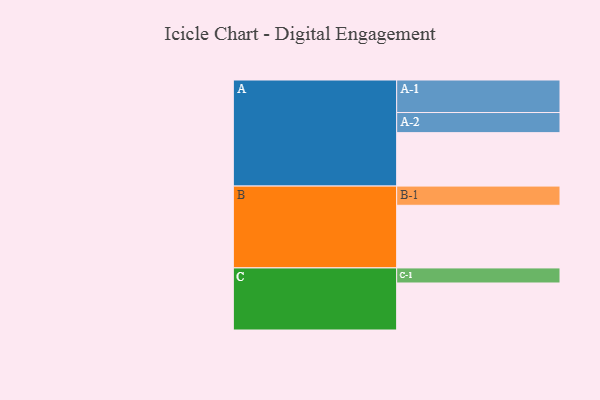
{"axis": {"x": "Segment", "y": "Value"}, "legend": ["", "A", "B", "C"], "data": [{"x": "A", "y": 465, "type": ""}, {"x": "B", "y": 545, "type": ""}, {"x": "C", "y": 409, "type": ""}, {"x": "A-1", "y": 283, "type": "A"}, {"x": "A-2", "y": 175, "type": "A"}, {"x": "B-1", "y": 167, "type": "B"}, {"x": "C-1", "y": 131, "type": "C"}]}